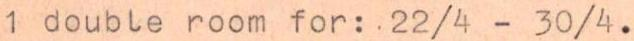
1 double room for: 22/4 - 30/4